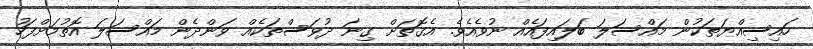
ހައިސިއްޔަތަކުން މައްސަލަ ބަލައިފައެއް ނުވެއެވެ. އެގޮތަށް ގިނަ ދުވަސްތަކެއް ވަންދެން މައްސަލަ އޮތުމަށްފަހު